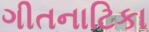
ગીતનાટિકા